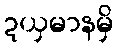
ဍယှမာနမှိ